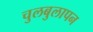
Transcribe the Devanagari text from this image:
चुलबुलापन